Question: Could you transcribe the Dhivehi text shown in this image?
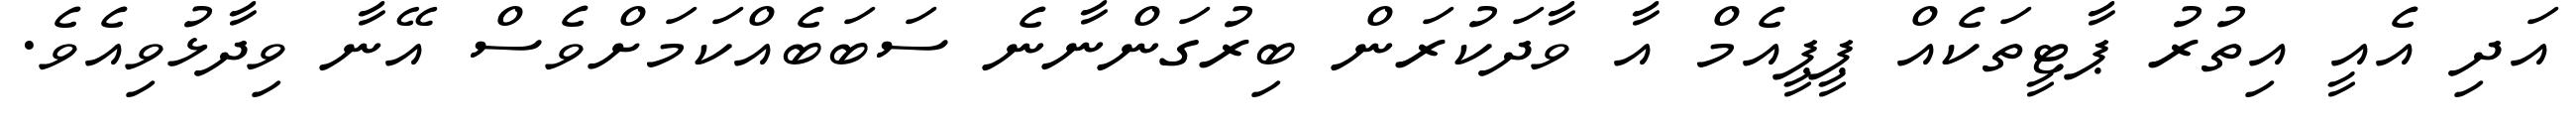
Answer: އަދި އެއީ އިތުރު ޕާޓީތަކެއް ޕީޕީއެމް އާ ވާދަކުރަން ބިރުގަންނާނެ ސަބަބެއްކަމަށްވެސް އޭނާ ވިދާޅުވިއެވެ.